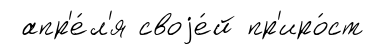
апр'е́л'я своjе́й пр'иро́ст